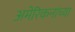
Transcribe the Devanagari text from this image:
अमेरिकनांच्या